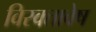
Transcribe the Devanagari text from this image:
विरक्तावेष